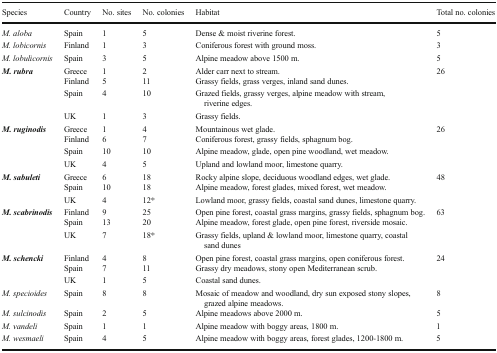
| Species | Country | No. sites | No. colonies | Habitat | Total no. colonies |
 | --- | --- | --- | --- | --- | --- |
 | M. aloba | Spain | 1 | 5 | Dense & moist riverine forest. | 5 |
 | M. lobicornis | Finland | 1 | 3 | Coniferous forest with ground moss. | 3 |
 | M. lobulicornis | Spain | 3 | 5 | Alpine meadow above 1500 m. | 5 |
 | <ROWSPAN=4> M. rubra | Greece | 1 | 2 | Alder carr next to stream. | <ROWSPAN=4> 26 |
 | Finland | 5 | 11 | Grassy fields, grass verges, inland sand dunes. |
 | Spain | 4 | 10 | Grazed fields, grassy verges, alpine meadow with stream, riverine edges. |
 | UK | 1 | 3 | Grassy fields. |
 | <ROWSPAN=4> M. ruginodis | Greece | 1 | 4 | Mountainous wet glade. | <ROWSPAN=4> 26 |
 | Finland | 6 | 7 | Coniferous forest, grassy fields, sphagnum bog. |
 | Spain | 10 | 10 | Alpine meadow, glade, open pine woodland, wet meadow. |
 | UK | 4 | 5 | Upland and lowland moor, limestone quarry. |
 | <ROWSPAN=3> M. sabuleti | Greece | 6 | 18 | Rocky alpine slope, deciduous woodland edges, wet glade. | <ROWSPAN=3> 48 |
 | Spain | 10 | 18 | Alpine meadow, forest glades, mixed forest, wet meadow. |
 | UK | 4 | 12* | Lowland moor, grassy fields, coastal sand dunes, limestone quarry. |
 | <ROWSPAN=3> M. scabrinodis | Finland | 9 | 25 | Open pine forest, coastal grass margins, grassy fields, sphagnum bog. | <ROWSPAN=3> 63 |
 | Spain | 13 | 20 | Alpine meadow, forest glade, open pine forest, riverside mosaic. |
 | UK | 7 | 18* | Grassy fields, upland & lowland moor, limestone quarry, coastal sand dunes |
 | <ROWSPAN=3> M. schencki | Finland | 4 | 8 | Open pine forest, coastal grass margins, open coniferous forest. | <ROWSPAN=3> 24 |
 | Spain | 7 | 11 | Grassy dry meadows, stony open Mediterranean scrub. |
 | UK | 1 | 5 | Coastal sand dunes. |
 | M. specioides | Spain | 8 | 8 | Mosaic of meadow and woodland, dry sun exposed stony slopes, grazed alpine meadows. | 8 |
 | M. sulcinodis | Spain | 2 | 5 | Alpine meadows above 2000 m. | 5 |
 | M. vandeli | Spain | 1 | 1 | Alpine meadow with boggy areas, 1800 m. | 1 |
 | M. wesmaeli | Spain | 4 | 5 | Alpine meadow with boggy areas, forest glades, 1200-1800 m. | 5 |